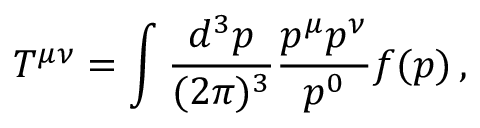
T ^ { \mu \nu } = \int \frac { d ^ { 3 } p } { ( 2 \pi ) ^ { 3 } } \frac { p ^ { \mu } p ^ { \nu } } { p ^ { 0 } } f ( p ) \, ,